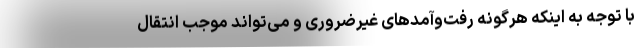
با توجه به اینکه هرگونه رفت‌وآمدهای غیرضروری و می‌تواند موجب انتقال